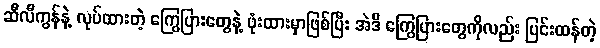
ဆီလီကွန်နဲ့ လုပ်ထားတဲ့ ကြွေပြားတွေနဲ့ ဖုံးထားမှာဖြစ်ပြီး အဲဒီ ကြွေပြားတွေကိုလည်း ပြင်းထန်တဲ့